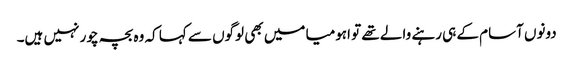
دونوں آسام کے ہی رہنے والے تھے تو اہومیا میں بھی لوگوں سے کہا کہ وہ بچہ چور نہیں ہیں۔